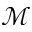
\mathcal { M }